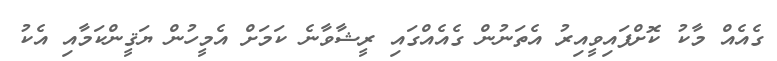
ގެއެއް މާކު ކޮށްފައިވީއިރު އެތަނުން ގެއެއްގައި ރީޝާވާނެ ކަމަށް އެމީހުން ޔަޤީންކަމާއި އެކު